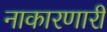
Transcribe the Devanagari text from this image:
नाकारणारी